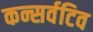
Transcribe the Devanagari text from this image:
कन्सर्वटिव